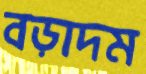
বড়াদম